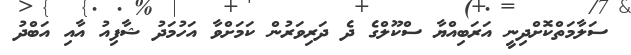
ސަލާމަތްކޮށްދިނީ އަރަބިއްޔާ ސްކޫލްގެ ދެ ދަރިވަރުން ކަމަށްވާ އަހުމަދު ޝާފިއު އާއި އަބްދު